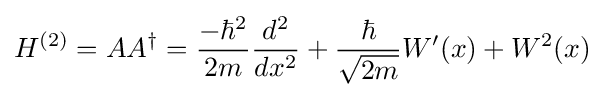
H^{(2)}=AA^{\dagger }={\frac {-\hbar ^{2}}{2m}}{\frac {d^{2}}{dx^{2}}}+{\frac {\hbar }{\sqrt {2m}}}W^{\prime }(x)+W^{2}(x)